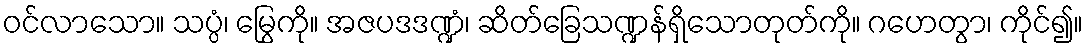
ဝင်လာသော။ သပ္ပံ၊ မြွေကို။ အဇပဒဒဏ္ဍံ၊ ဆိတ်ခြေသဏ္ဍန်ရှိသောတုတ်ကို။ ဂဟေတွာ၊ ကိုင်၍။